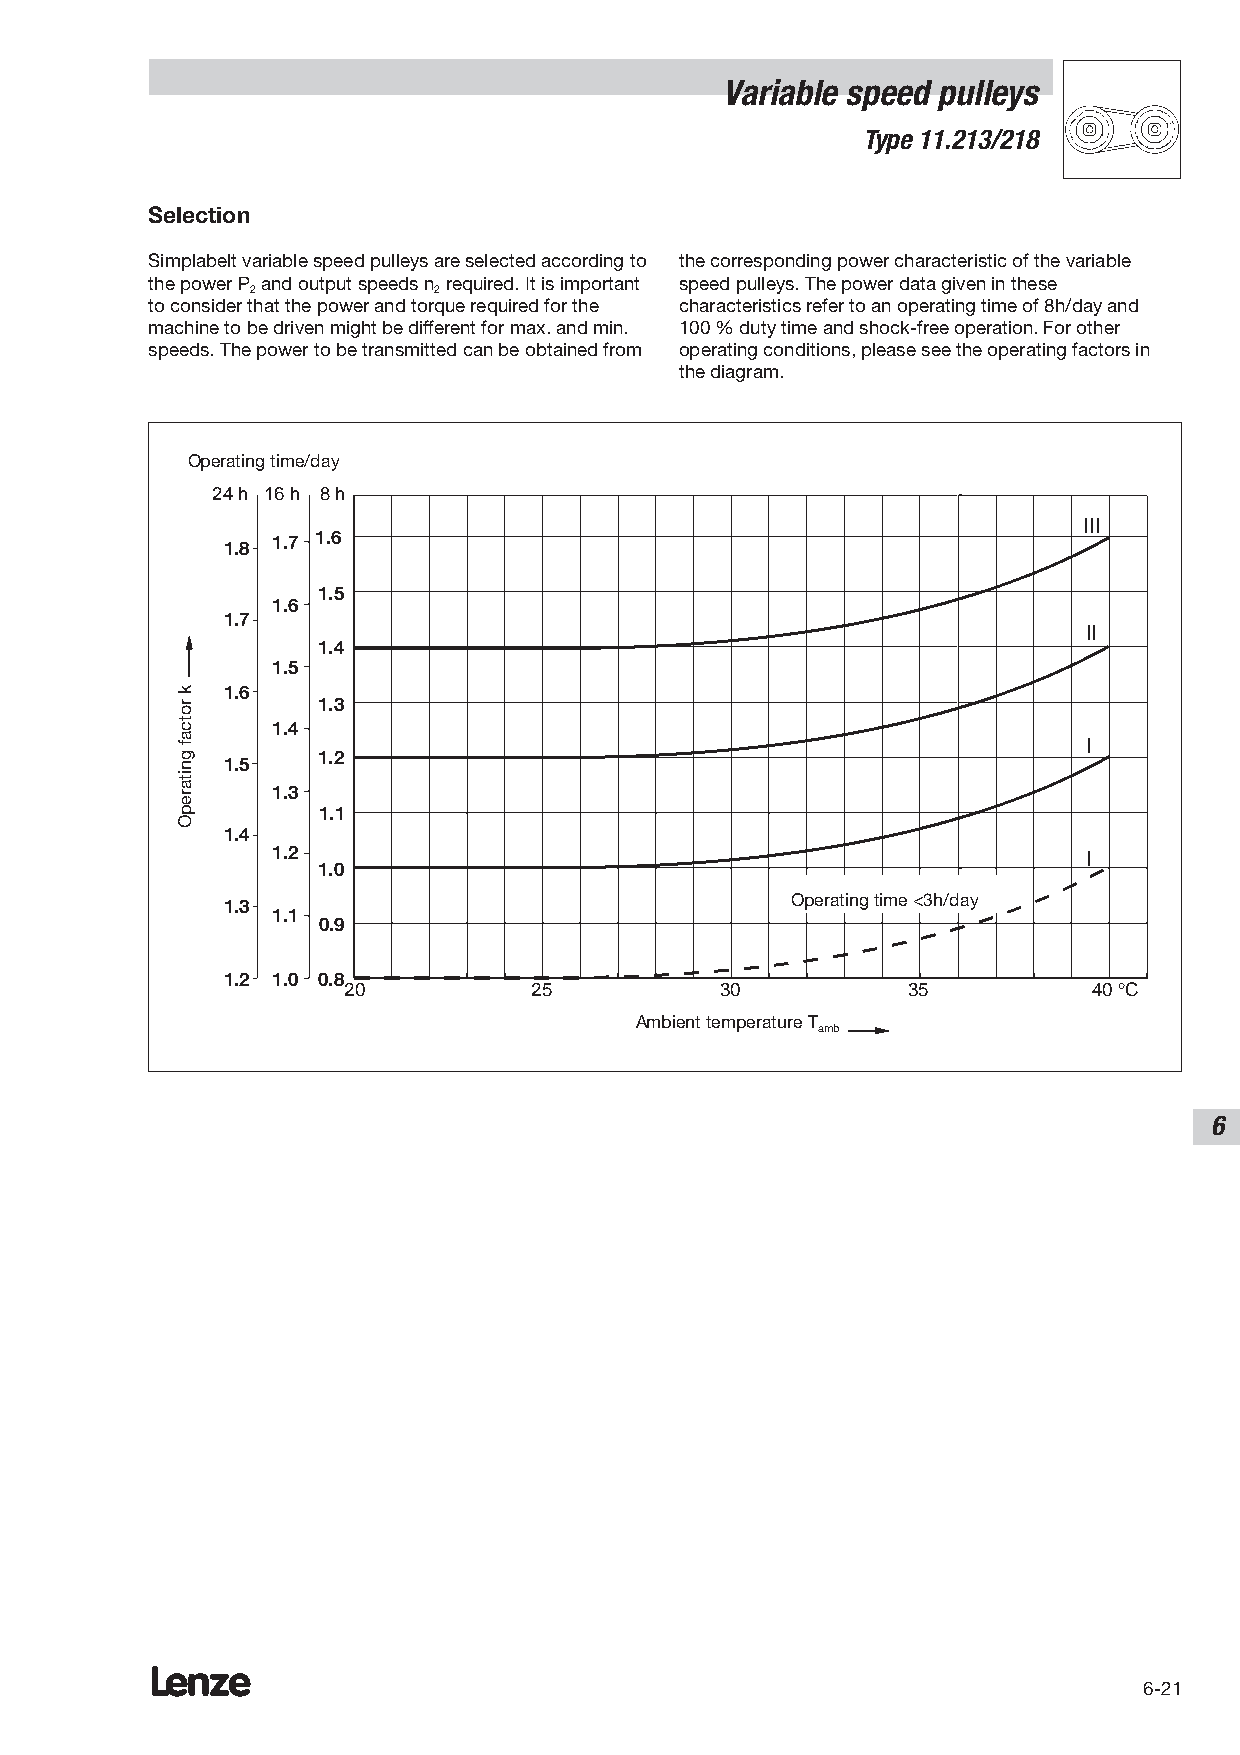
Variable speed pulleys
 Type 11.213/218
 Selection
 Simplabelt variable speed pulleys are selected according to the corresponding power characteristic of the variable
 the power P and output speeds n required. It is important speed pulleys. The power data given in these
 2           2
 to consider that the power and torque required for the characteristics refer to an operating time of 8h/day and
 machine to be driven might be different for max. and min. 100 % duty time and shock-free operation. For other
 speeds. The power to be transmitted can be obtained from operating conditions, please see the operating factors in
 the diagram.
 OBpeertariteinbgs dtiamuee/rd/Tayag
 24 h 16 h 8 h
 III
 1.8 1.7 1.6
 1.5
 1.6
 1.7
 II
 1.4
 1.5
 1.6
 1.3
 1.4
 I
 1.2
 1.5
 1.3
 1.1
 1.4
 1.2                                                   I
 1.0
 1.3
 OBpeetrraietinbgs dtaimuee r< <33hh/d/Taayg
 1.1
 0.9
 1.2 1.0 0.8
 20          25           30          35          40 °C
 UmgebuAnmgbsietnet mtemppeerraattuurer TT
 amUb
 6
 Lenze
 6-21
 k
 rko
 trcoaft
 kgnaitfasrebpeOirteB